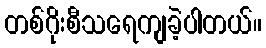
တစ်ဂိုးစီသရေကျခဲ့ပါတယ်။